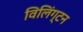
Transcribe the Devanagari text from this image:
विलिंग्‍टन